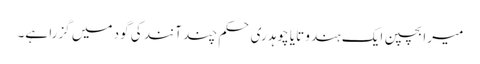
میرا بچپن ایک ہندو تایا چوہدری حکم چند آنند کی گود میں گزرا ہے۔